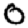
Digit: 0